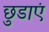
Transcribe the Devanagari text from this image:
छुडाएं